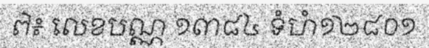
៧៖ លេខបណ្ណ ១៣៨៤ ទំហំ១២៨០១